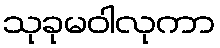
သုခုမဝါလုကာ